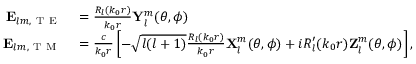
\begin{array} { r l } { \mathbf { E } _ { l m , \mathrm { ~ T ~ E ~ } } } & { { } = \frac { R _ { l } ( k _ { 0 } r ) } { k _ { 0 } r } \mathbf { Y } _ { l } ^ { m } ( \theta , \phi ) } \\ { \mathbf { E } _ { l m , \mathrm { ~ T ~ M ~ } } } & { { } = \frac { c } { k _ { 0 } r } \left[ - \sqrt { l ( l + 1 ) } \frac { R _ { l } ( k _ { 0 } r ) } { k _ { 0 } r } \mathbf { X } _ { l } ^ { m } ( \theta , \phi ) + i R _ { l } ^ { \prime } ( k _ { 0 } r ) \mathbf { Z } _ { l } ^ { m } ( \theta , \phi ) \right] , } \end{array}